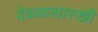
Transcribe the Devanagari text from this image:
देवळासारखी